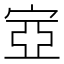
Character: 㝞